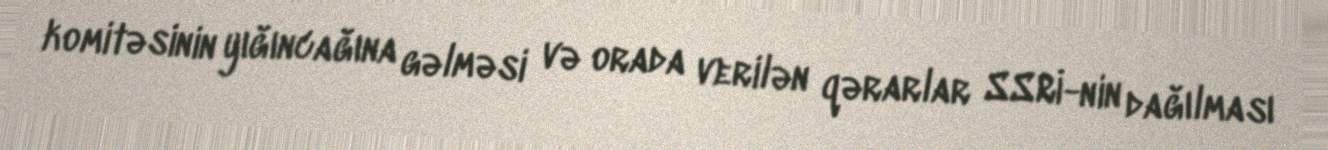
komitəsinin yığıncağına gəlməsi və orada verilən qərarlar SSRİ-nin dağılması